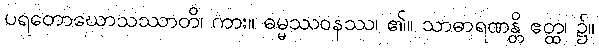
ပရတောဃောသဿာတိ၊ ကား။ ဓမ္မဿဝနဿ၊ ၏။ သာဓာရဏန္တိ ဧတ္ထ၊ ၌။